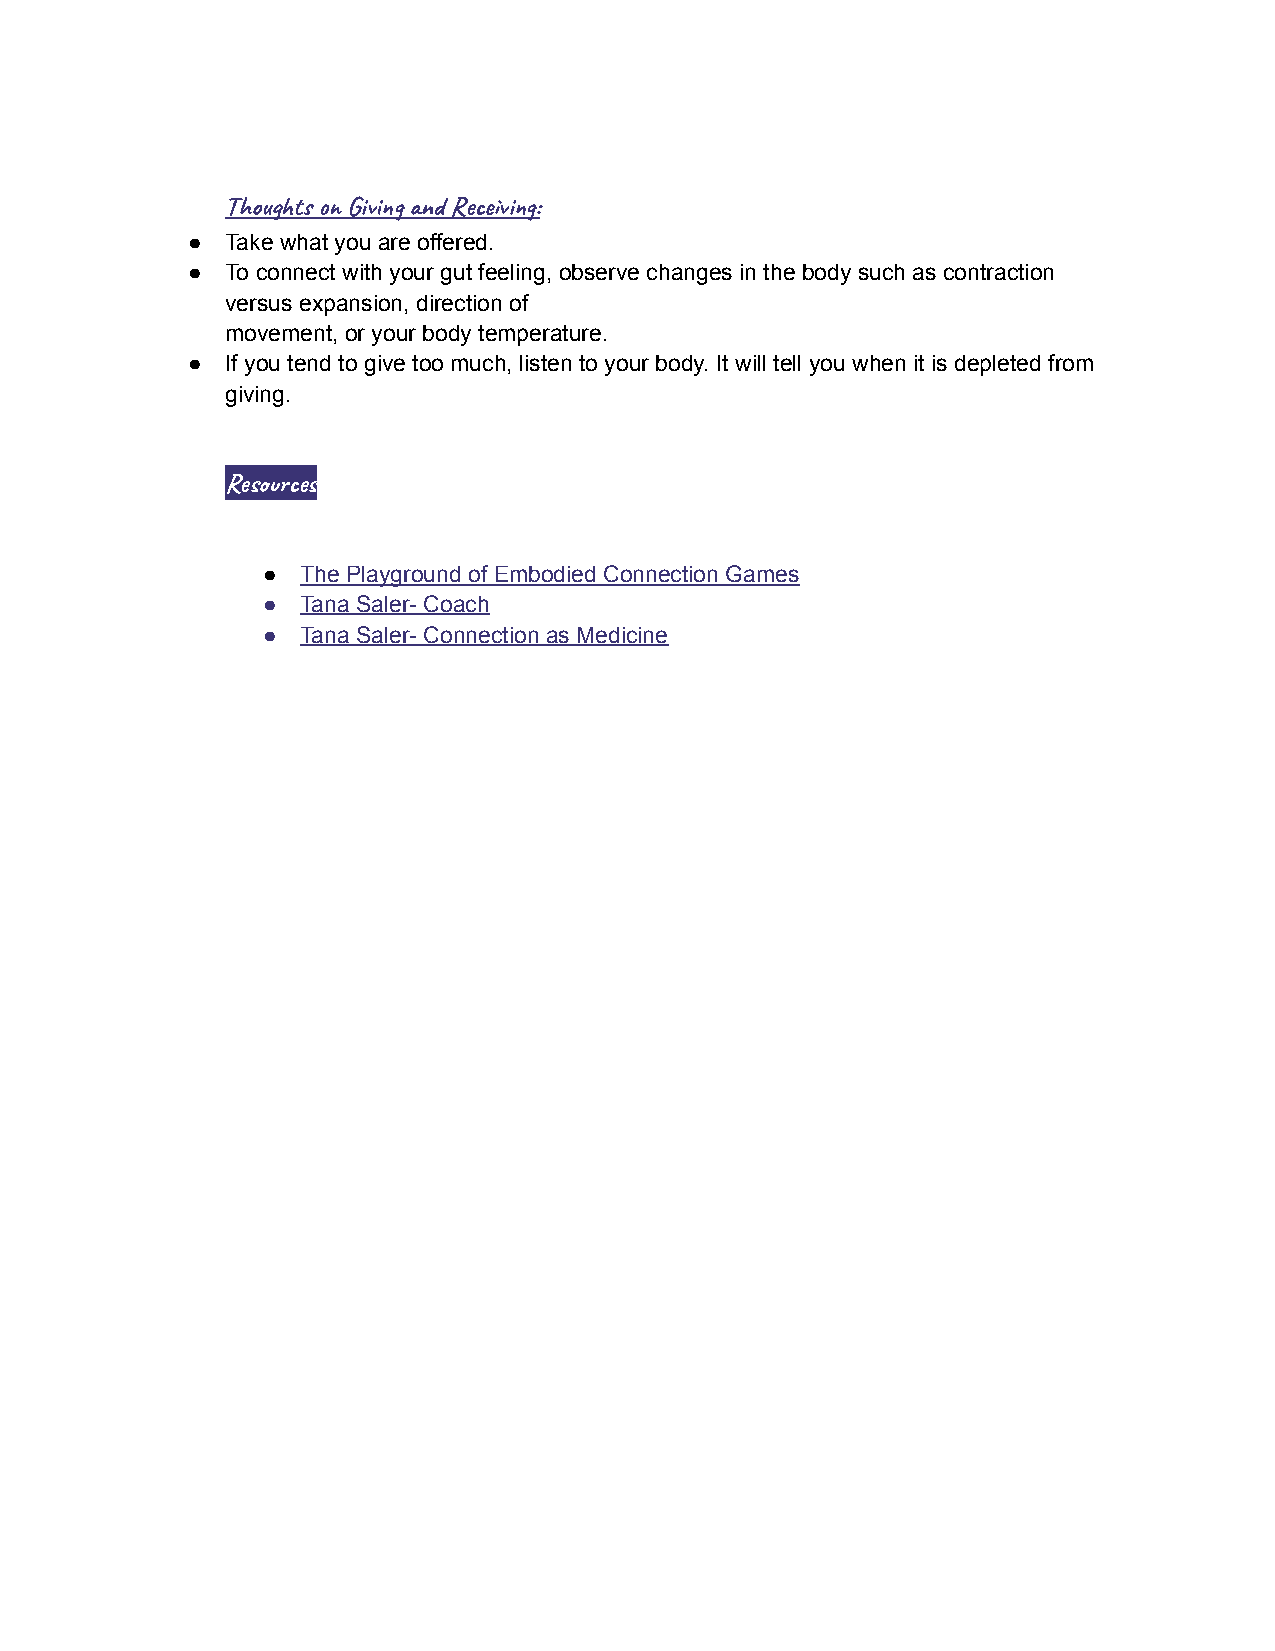
Thot  Giv n Revi:
 ●  Take what you are offered.
 ●  To connect with your gut feeling, observe changes in the body such as contraction
 versus expansion, direction of
 movement, or your body temperature.
 ●  If you tend to give too much, listen to your body. It will tell you when it is depleted from
 giving.
 Reses
 ●  The Playground of Embodied Connection Games
 ●  Tana Saler- Coach
 ●  Tana Saler- Connection as Medicine